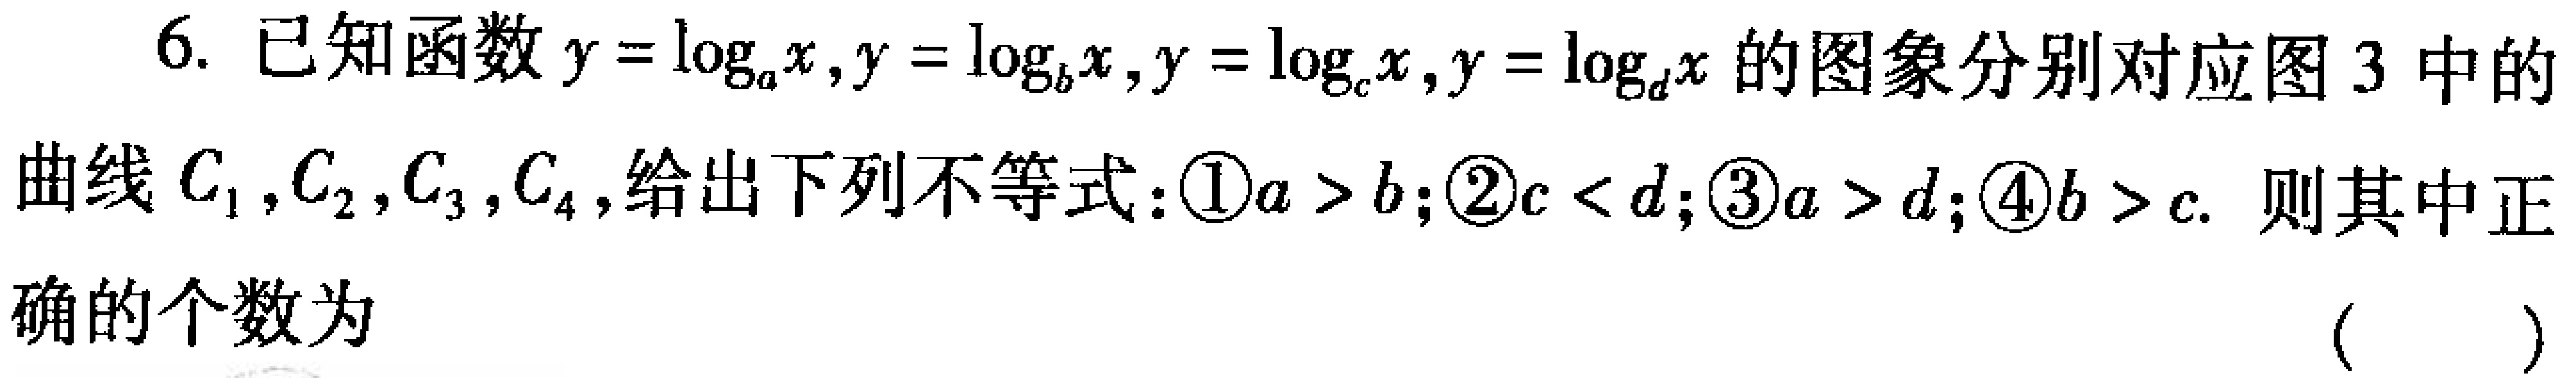
6. 已知函数$y = \log_{a}x,y = \log_{b}x,y = \log_{c}x,y = \log_{d}x$的图象分别对应图3中的曲线$C_{1},C_{2},C_{3},C_{4}$,给出下列不等式：\textcircled{1}$a > b$;\textcircled{2}$c < d$;\textcircled{3}$a > d$;\textcircled{4}$b > c$. 则其中正确的个数为（  ）